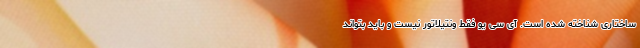
ساختاری شناخته شده است. آی سی یو فقط ونتیلاتور نیست و باید بتواند